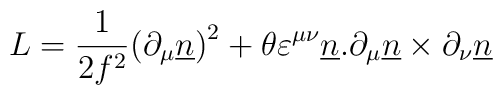
L= {{1}\over{2{f}^{2}}}{(\partial_{\mu}{\underline n})}^{2} +{\theta}{{\varepsilon}^{\mu\nu}}{\underline n}.{\partial_{\mu}{\underline n}}\times{\partial_{\nu}{\underline n}}